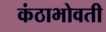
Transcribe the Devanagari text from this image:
कंठाभोवती